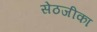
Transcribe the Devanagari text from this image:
सेठजीका